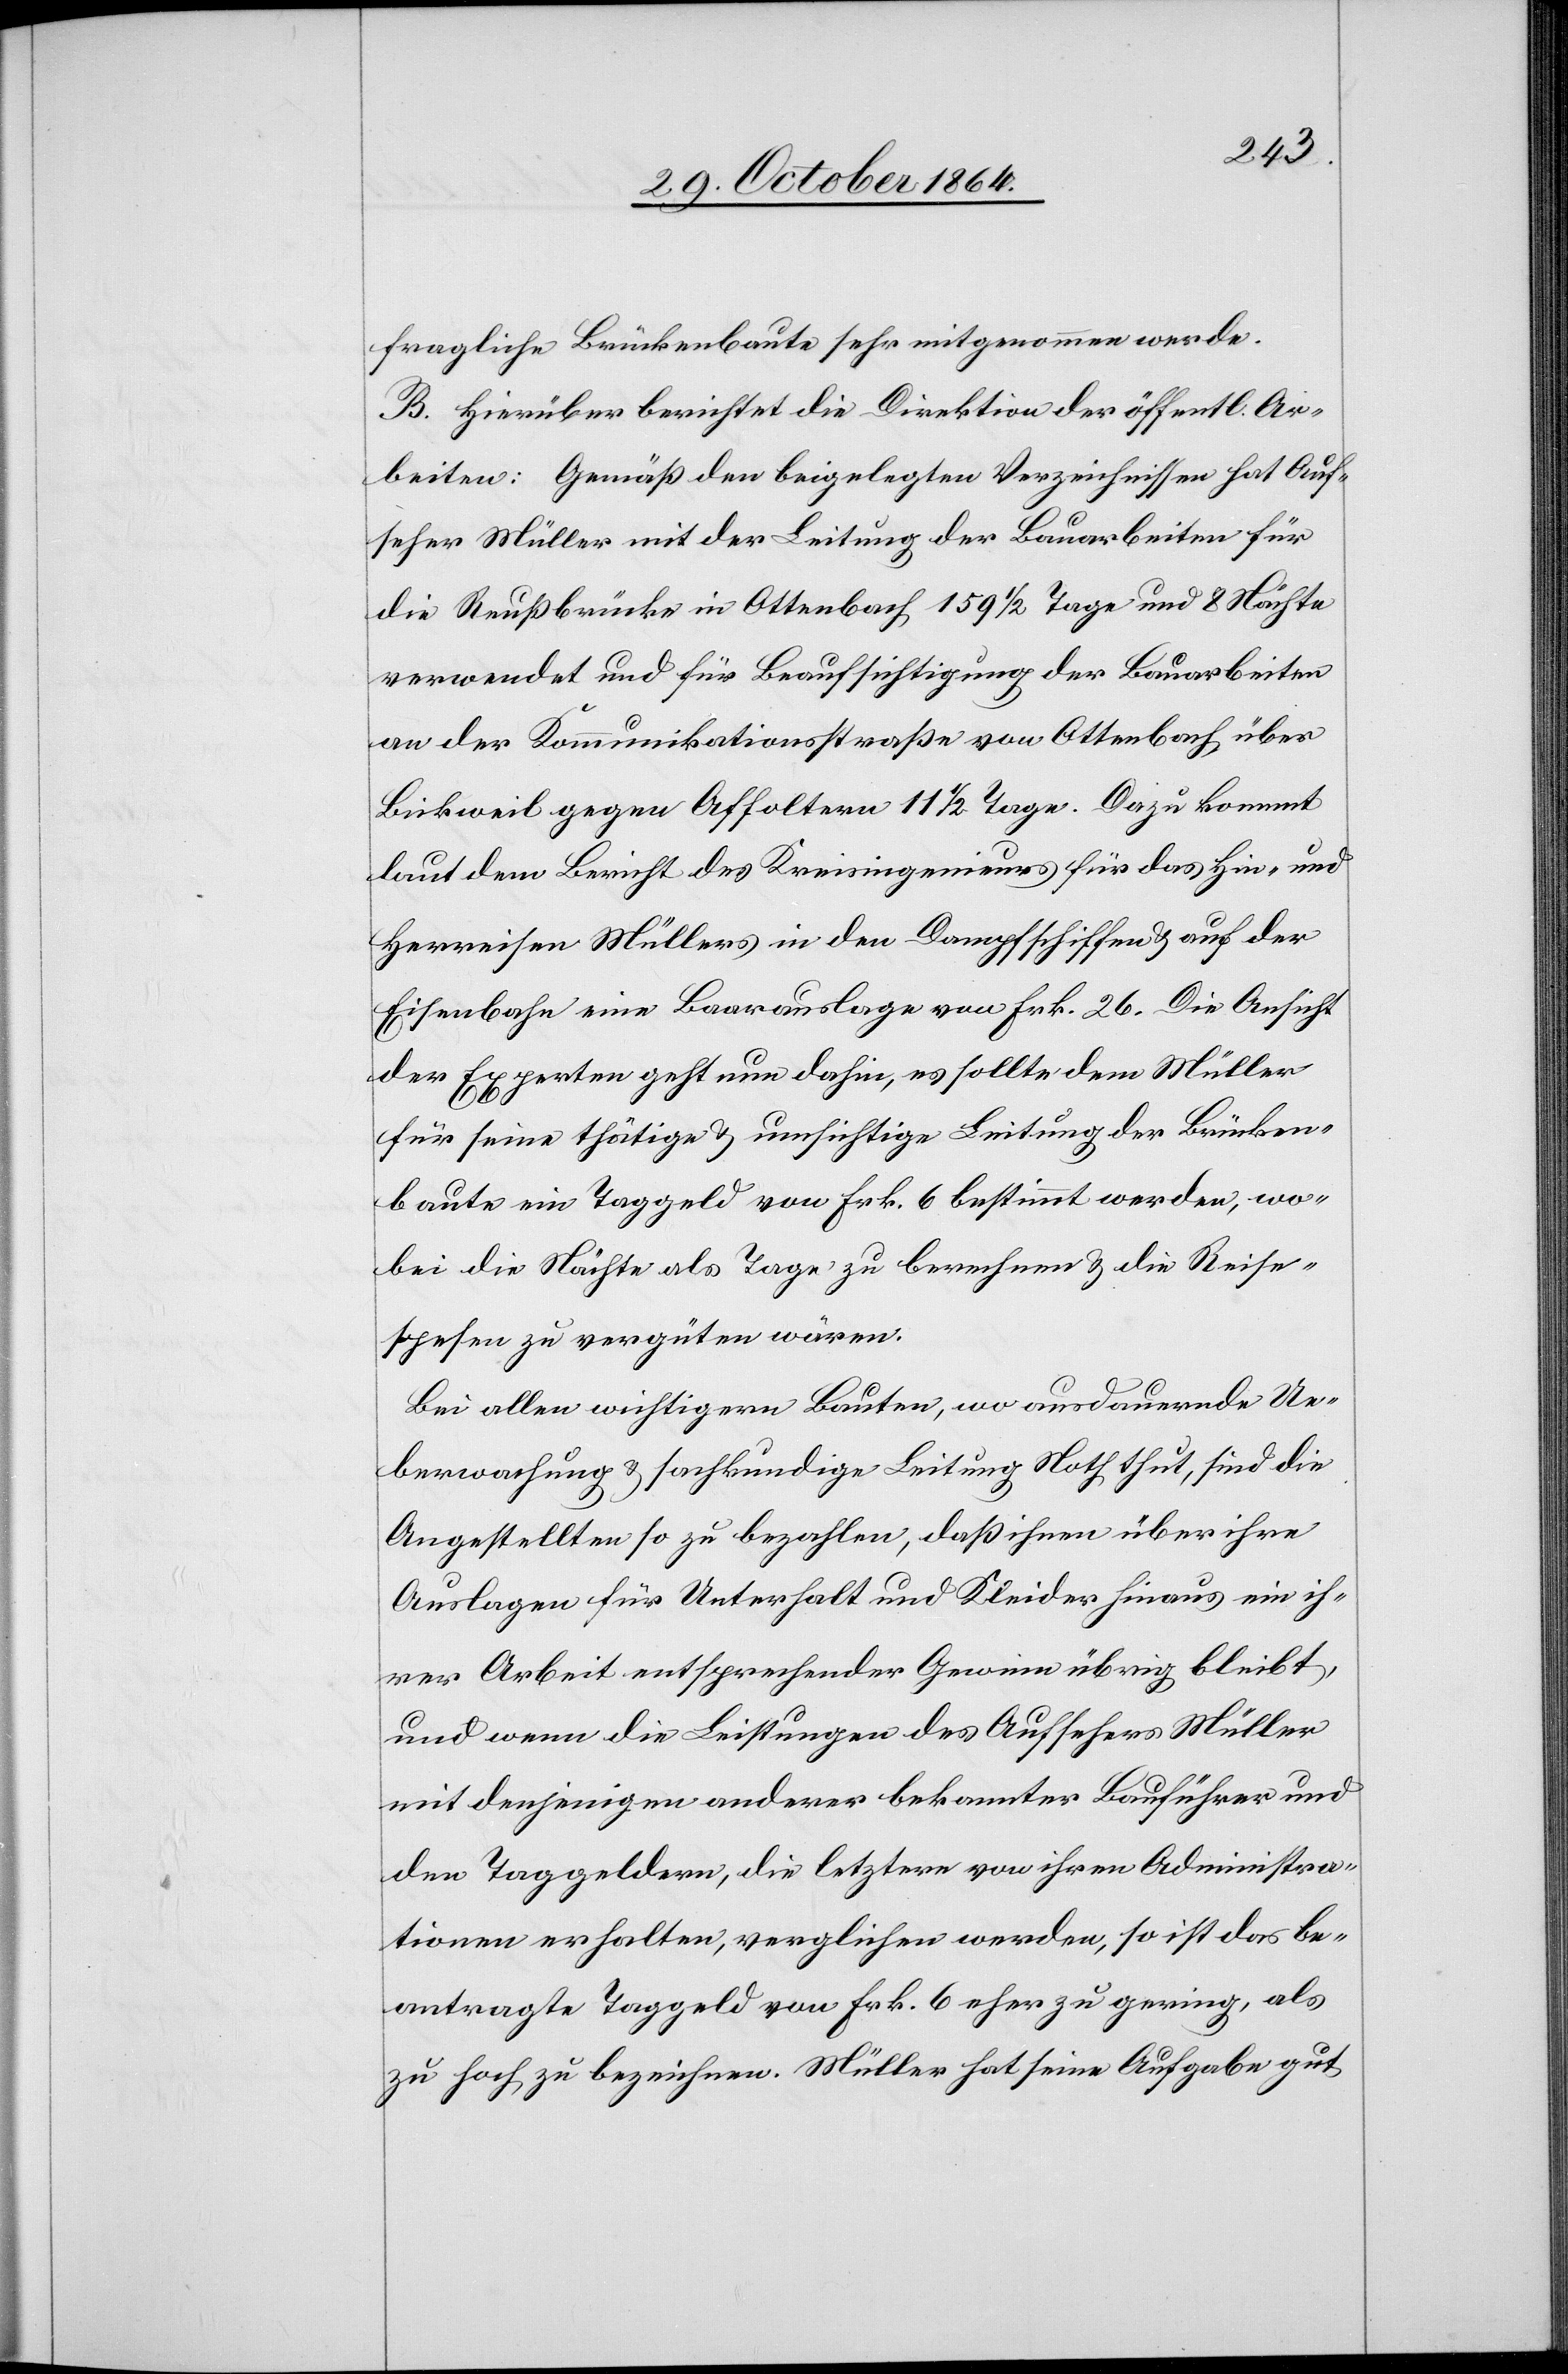
fragliche Brückenbaute sehr mitgenommen werde.
B. Hierüber berichtet die Direktion der öffentl. Ar¬
beiten: Gemäß den beigelegten Verzeichnissen hat Auf¬
seher Müller mit der Leitung der Bauarbeiten für
die Reußbrücke in Ottenbach 159 1/2 Tage und 8 Nächte
verwendet und für Beaufsichtigung der Bauarbeiten
an der Kommunikationsstraße von Ottenbach über
Bickweil gegen Affoltern 11 1/2 Tage. Dazu kommt
lauf dem Bericht des Kreisingenieurs für das Hin- und
Herreisen Müllers in den Dampfschiffen & auf der
Eisenbahn eine Baarauslage von Frk. 26. Die Ansicht
der Experten geht nun dahin, es solle dem Müller
für seine thätige & umsichtige Leitung der Brücken¬
baute ein Taggeld von Frk. 6 bestimmt werden, wo¬
bei die Nächte als Tage zu berechnen & die Reise¬
spesen zu vergüten wären.
Bei allen wichtigen Bauten, wo ausdauernde Ue¬
berwachung & sachkundige Leitung Noth thut, sind die
Angestellten so zu bezahlen, daß ihnen über ihre
Auslagen für Unterhalt und Kleider hinaus ein ih¬
rer Arbeit entsprechender Gewinn übrig bleibt,
und wenn die Leistungen des Aufsehers Müller
mit denjenigen anderer bekannter Bauführer und
den Taggelder, die letztere von ihren Administra¬
tionen erhalten, verglichen werden, so ist das be¬
antragte Taggeld von Frk. 6 eher zu gering, als
zu hoch zu bezeichnen. Müller hat seine Aufgabe gut